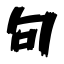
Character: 句